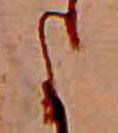
よ